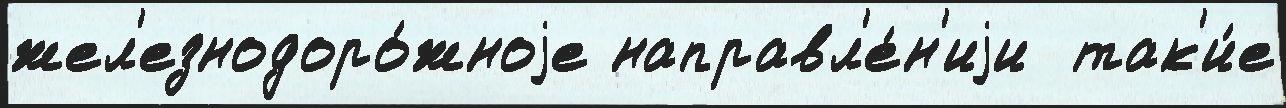
жел'езнодоро́жноjе направл'е́н'иjи  так'и́е